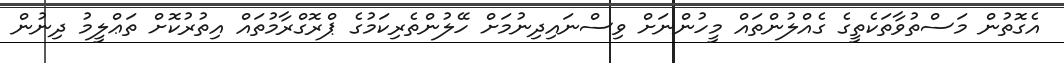
އެގޮތުން މަސްތުވާތަކެތީގެ ގެއްލުންތައް މީހުންނަށް ވިސްނައިދިނުމަށް ހޭލުންތެރިކަމުގެ ޕްރޮގްރާމުތައް އިތުރުކޮށް ތަޢްލީމު ދިނުން